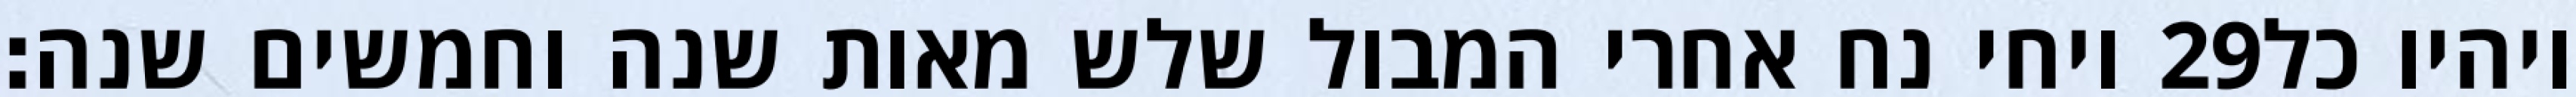
ויחי נח אחרי המבול שלש מאות שנה וחמשים שנה׃ ‎29‏ ויהיו כל